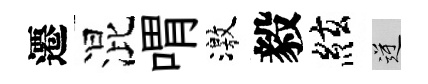
遷混喟激毅絃逆